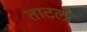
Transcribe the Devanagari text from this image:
ताटली